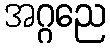
အဂ္ဂညေ